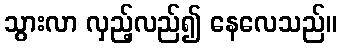
သွားလာ လှည့်လည်၍ နေလေသည်။